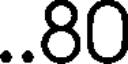
..80